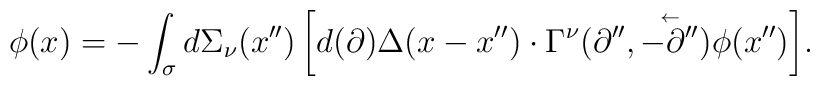
\phi (x)=-\int_\sigma  {d\Sigma _\nu (x'')\left[ {d (\partial )\Delta (x-x'')\cdot \Gamma ^\nu (\partial '',\mathord{\buildrel{\lower3pt\hbox{$\scriptscriptstyle\leftarrow$}}\over {-\partial''} } )\phi (x'')} \right]}.